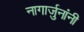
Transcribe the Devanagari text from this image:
नागार्जुनांनी